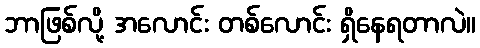
ဘာဖြစ်လို့ အလောင်း တစ်လောင်း ရှိနေရတာလဲ။